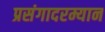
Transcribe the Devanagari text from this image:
प्रसंगादरम्यान